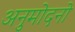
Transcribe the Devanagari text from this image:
अनुमोदनो